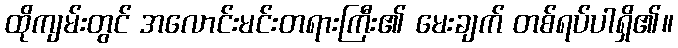
ထိုကျမ်းတွင် အလောင်းမင်းတရားကြီး၏ မေးချက် တစ်ရပ်ပါရှိ၏။